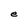
Character: e